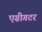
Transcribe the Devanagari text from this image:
एग्रीगटर